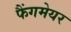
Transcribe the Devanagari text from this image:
फैंगमेयर